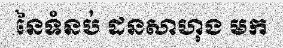
នៃទំនប់ ដនសាហុង មក